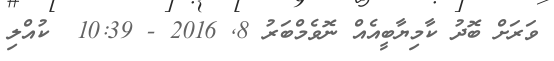
ވަރަށް ބޮދު ކާމިޔާބީއެއް ނޮވެމްބަރު 8